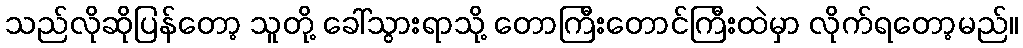
သည်လိုဆိုပြန်တော့ သူတို့ ခေါ်သွားရာသို့ တောကြီးတောင်ကြီးထဲမှာ လိုက်ရတော့မည်။